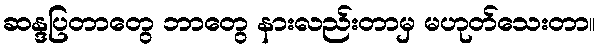
ဆန္ဒပြတာတွေ ဘာတွေ နားလည်းတာမှ မဟုတ်သေးတာ။